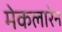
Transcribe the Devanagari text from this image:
मेकलारेन